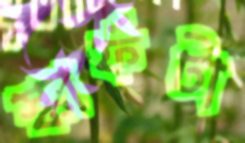
স্কার্ফটা